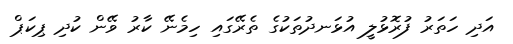
އަދި ހަތަރު ފުރޮޅުލީ އުޅަނދުތަކުގެ ތެރޭގައި ހިމެނޭ ކާރު ވޭން ކުދި ޕިކަޕް